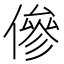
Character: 傪